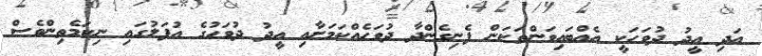
އަދި އީދު ދުވަހަކީ އެއްބައިވަންތަކަން ފެނިގެންދާ ދުވަހެއްކަމަށާއި އީދު ދުވަހުގެ އުފަލުގައި ނިކަމެތިންވެސް